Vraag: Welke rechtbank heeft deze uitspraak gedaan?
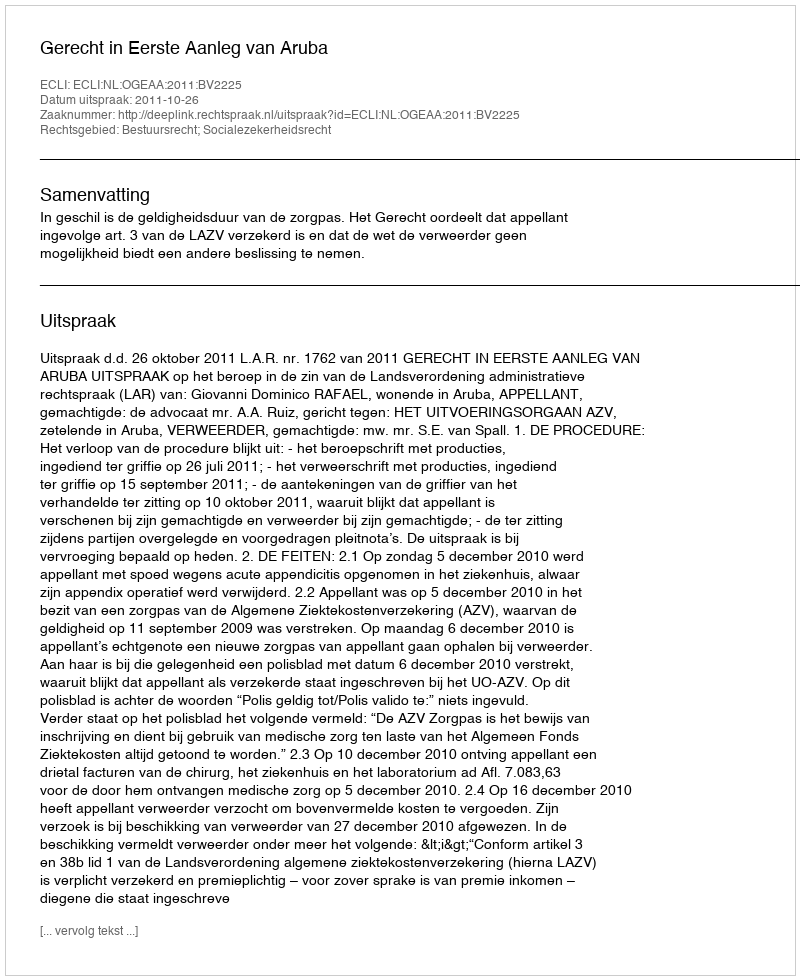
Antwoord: Gerecht in Eerste Aanleg van Aruba